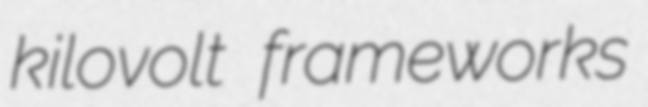
kilovolt frameworks